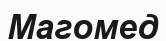
Магомед